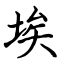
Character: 埃